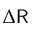
\Delta { \sf R }